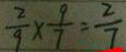
\frac { 2 } { 9 } \times \frac { 9 } { 7 } = \frac { 2 } { 7 }